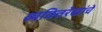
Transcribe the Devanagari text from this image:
व्यक्तिरेखांचे